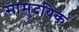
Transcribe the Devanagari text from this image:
सामुदयिक